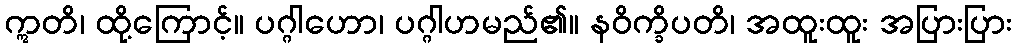
ဣတိ၊ ထို့ကြောင့်။ ပဂ္ဂါဟော၊ ပဂ္ဂါဟမည်၏။ နဝိက္ခိပတိ၊ အထူးထူး အပြားပြား